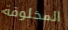
المخلوقة